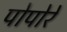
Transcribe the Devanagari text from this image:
पोपोरे